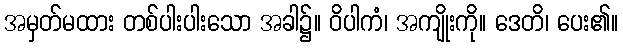
အမှတ်မထား တစ်ပါးပါးသော အခါ၌။ ဝိပါကံ၊ အကျိုးကို။ ဒေတိ၊ ပေး၏။